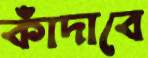
কাঁদাবে